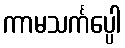
ကာမသင်္ကပ္ပေါ